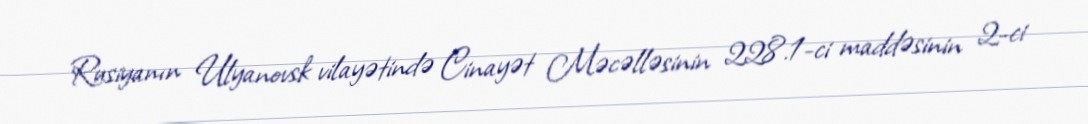
Rusiyanın Ulyanovsk vilayətində Cinayət Məcəlləsinin 228.1-ci maddəsinin 2-ci